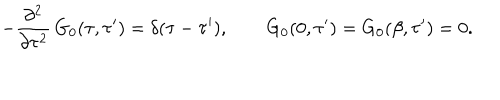
- \frac { \partial ^ { 2 } } { \partial \tau ^ { 2 } } \, G _ { 0 } ( \tau , \tau ^ { \prime } ) = \delta ( \tau - \tau ^ { \prime } ) , \qquad G _ { 0 } ( 0 , \tau ^ { \prime } ) = G _ { 0 } ( \beta , \tau ^ { \prime } ) = 0 .